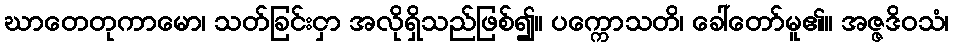
ဃာတေတုကာမော၊ သတ်ခြင်းငှာ အလိုရှိသည်ဖြစ်၍။ ပက္ကောသတိ၊ ခေါ်တော်မူ၏။ အဇ္ဇဒိဝသံ၊